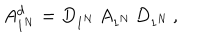
A _ { 1 ^ { N } } ^ { d } = D _ { 1 ^ { N } } \, A _ { 1 ^ { N } } \, D _ { 1 ^ { N } } \, ,